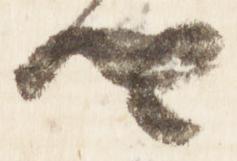
卿